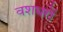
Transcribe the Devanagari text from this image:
वशधरों